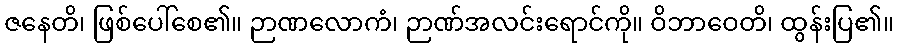
ဇနေတိ၊ ဖြစ်ပေါ်စေ၏။ ဉာဏလောကံ၊ ဉာဏ်အလင်းရောင်ကို။ ဝိဘာဝေတိ၊ ထွန်းပြ၏။